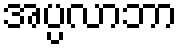
အပ္ပလာဘာ